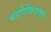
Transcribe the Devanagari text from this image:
बडोदेकरांची